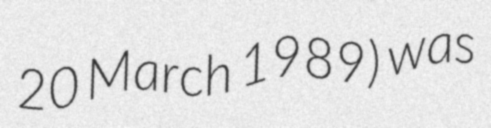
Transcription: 20 March 1989) was